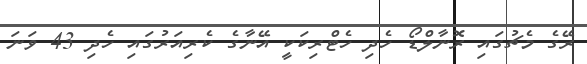
ރޭގެ މެޗުގައި ރޮނާލްޑޯ ހެދި ހެޓްރިކަކީ އޭނާގެ ކެރިއަރުގައި ހެދި 43 ވަނަ